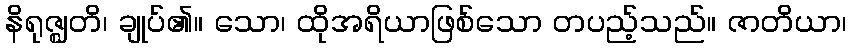
နိရုဇ္ဈတိ၊ ချုပ်၏။ သော၊ ထိုအရိယာဖြစ်သော တပည့်သည်။ ဇာတိယာ၊